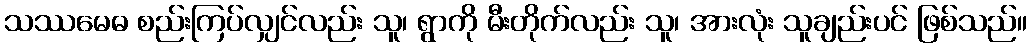
သဿမေဓ စည်းကြပ်လျှင်လည်း သူ၊ ရွာကို မီးတိုက်လည်း သူ၊ အားလုံး သူချည်းပင် ဖြစ်သည်။